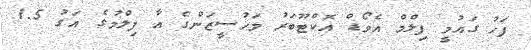
ފަހު ގައުމީ ފިލްމް އެވޯޑް އޮކްޓޫބަރު މަހުސީޒަންގެ އާ ފިލްމުގެ އަގު 1.5